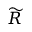
\widetilde { R }